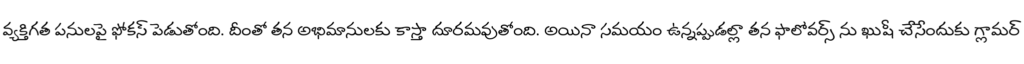
వ్యక్తిగత పనులపై ఫోకస్ పెడుతోంది. దీంతో తన అభిమానులకు కాస్తా దూరమవుతోంది. అయినా సమయం ఉన్నప్పుడల్లా తన ఫాలోవర్స్ ను ఖుషీ చేసేందుకు గ్లామర్